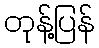
တုန့်ပြန်